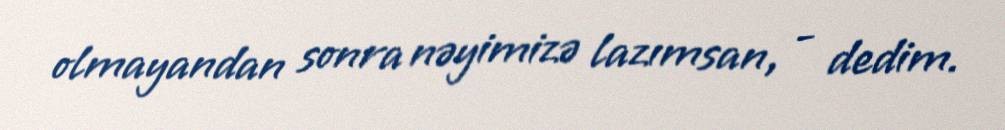
olmayandan sonra nəyimizə lazımsan, - dedim.